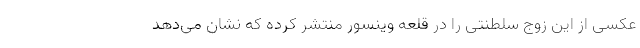
عکسی از این زوج سلطنتی را در قلعه وینسور منتشر کرده که نشان می‌دهد